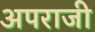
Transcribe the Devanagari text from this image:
अपराजी